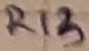
Text: R13